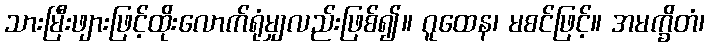
သားမြီးဖျားဖြင့်ထိုးလောက်ရုံမျှလည်းဖြစ်၍။ ဂူထေန၊ မစင်ဖြင့်။ အမက္ခိတံ၊